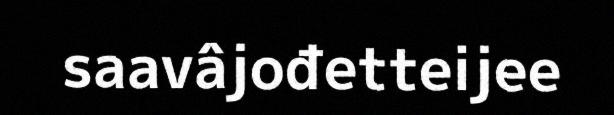
saavâjođetteijee